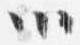
ツ